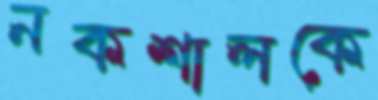
নকশালকে